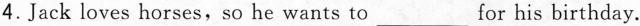
4.Jack loves horses,so he wants to_ for his birthday.